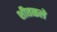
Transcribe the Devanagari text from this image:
शीतळले